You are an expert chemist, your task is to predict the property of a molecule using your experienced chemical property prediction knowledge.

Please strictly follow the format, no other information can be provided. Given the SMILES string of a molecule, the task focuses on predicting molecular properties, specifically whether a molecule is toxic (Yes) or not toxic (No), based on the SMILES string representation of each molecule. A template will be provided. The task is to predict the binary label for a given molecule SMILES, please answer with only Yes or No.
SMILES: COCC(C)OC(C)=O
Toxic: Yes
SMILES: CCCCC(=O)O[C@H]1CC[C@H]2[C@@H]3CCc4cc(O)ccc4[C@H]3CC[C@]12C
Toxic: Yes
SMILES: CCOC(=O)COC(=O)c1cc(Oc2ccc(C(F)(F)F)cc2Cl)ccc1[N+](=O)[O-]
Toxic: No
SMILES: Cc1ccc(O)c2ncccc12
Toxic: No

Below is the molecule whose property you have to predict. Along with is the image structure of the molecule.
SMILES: O=C1C=C2C=C[C@@H]3C[C@@]2(O1)[C@H]1CCCCN31
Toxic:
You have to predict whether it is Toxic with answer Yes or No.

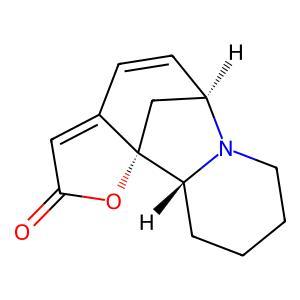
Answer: No